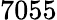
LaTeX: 7055